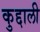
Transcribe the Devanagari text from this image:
कुद्दाली